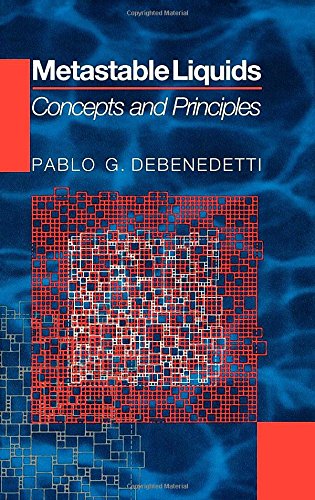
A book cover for Metastable Liquids; Pablo G. Debenedetti; Science & Math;